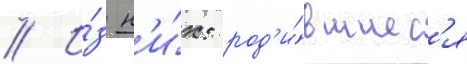
// И́з н'и́х: род'и́вшиес'я